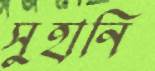
সুহানি